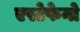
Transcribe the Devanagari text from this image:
एस्टेफेनो